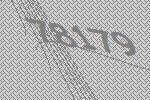
78179